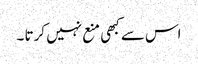
اس سے کبھی منع نہیں کرتا ۔